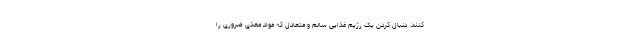
کنند. دنبال کردن یک رژیم غذایی سالم و متعادل که مواد مغذی ضروری را